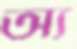
অ্য